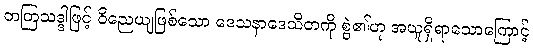
တတြသဒ္ဒါဖြင့် ဝိညေယျဖြစ်သော ဒေသနာဒေသိတကို စွဲ၏ဟု အယူရှိရာသောကြောင့်